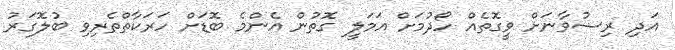
އަދި ރިޟުވާނަށް ވީގޮތެއް ހޯދުމަށް އަމަލީ ގޮތުން އެންމެ ބޮޑަށް ހަރަކާތްތެރިވި ބުލޮގަރު